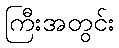
ကြီးအတွင်း